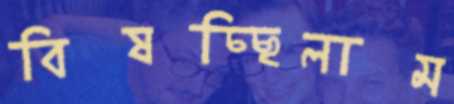
বিষচ্ছিলাম